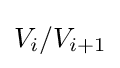
V_{i}/V_{i+1}